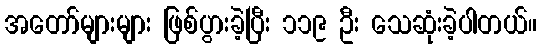
အတော်များများ ဖြစ်ပွားခဲ့ပြီး ၁၁၉ ဦး သေဆုံးခဲ့ပါတယ်။